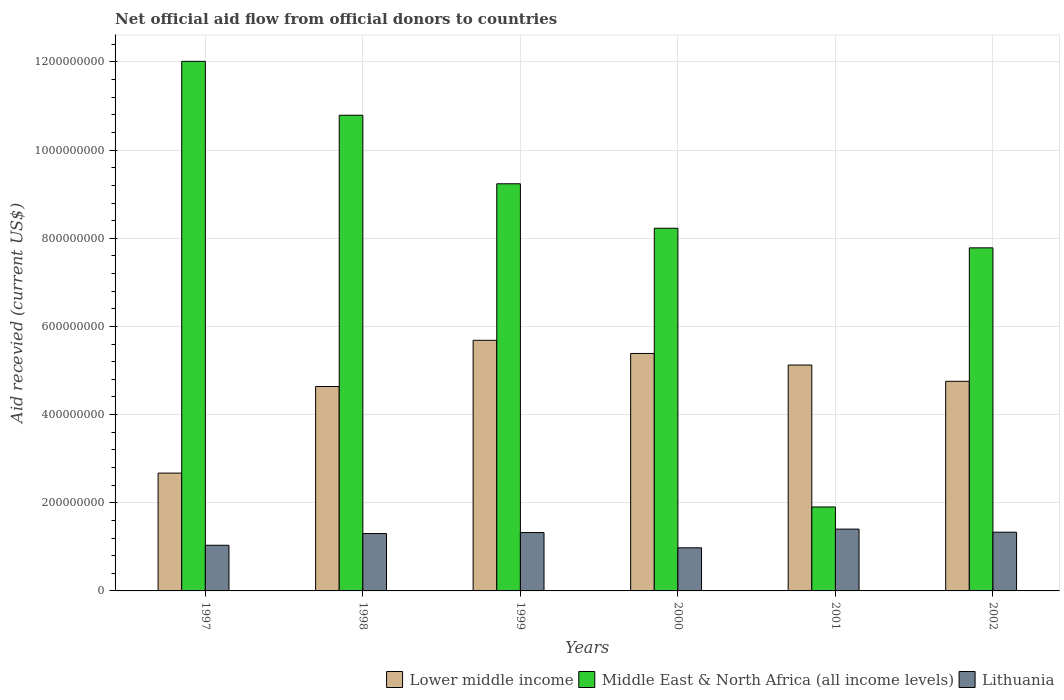
| Years | Lower middle income | Middle East & North Africa (all income levels) | Lithuania |
 | --- | --- | --- | --- |
 | 1997 | 2.67e+08 | 1.2e+09 | 1.04e+08 |
 | 1998 | 4.64e+08 | 1.08e+09 | 1.3e+08 |
 | 1999 | 5.69e+08 | 9.24e+08 | 1.32e+08 |
 | 2000 | 5.39e+08 | 8.23e+08 | 9.78e+07 |
 | 2001 | 5.12e+08 | 1.9e+08 | 1.4e+08 |
 | 2002 | 4.76e+08 | 7.78e+08 | 1.33e+08 |